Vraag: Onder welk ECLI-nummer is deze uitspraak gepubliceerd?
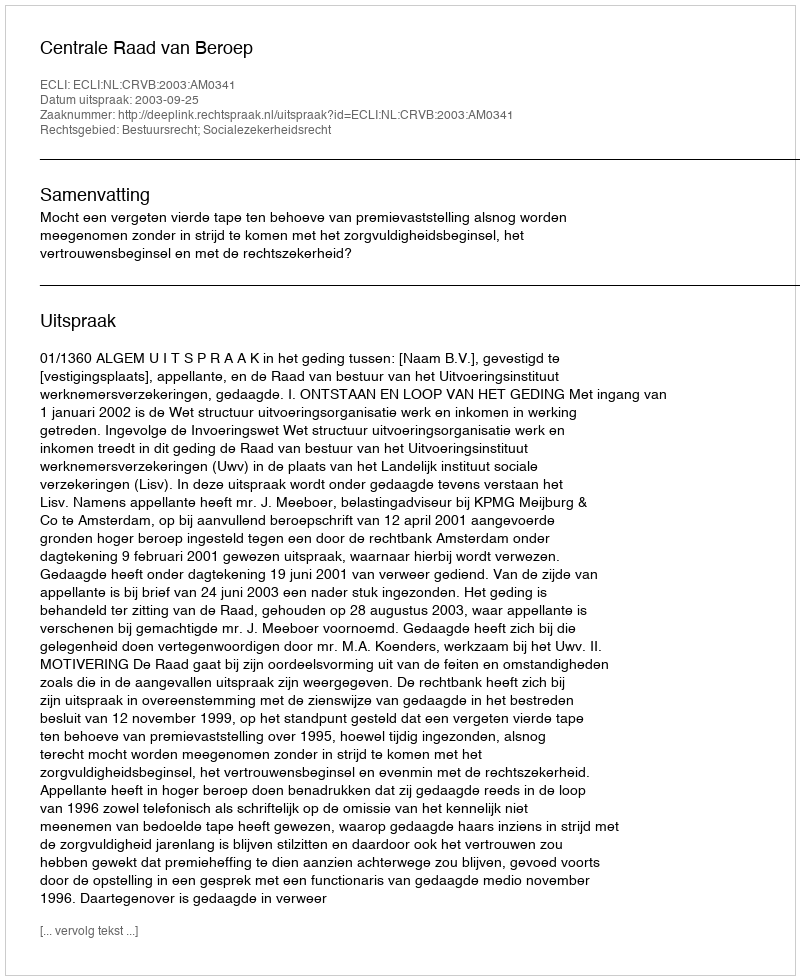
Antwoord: ECLI:NL:CRVB:2003:AM0341